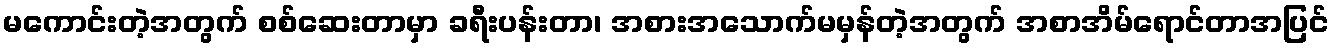
မကောင်းတဲ့အတွက် စစ်ဆေးတာမှာ ခရီးပန်းတာ၊ အစားအသောက်မမှန်တဲ့အတွက် အစာအိမ်ရောင်တာအပြင်